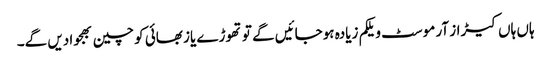
ہاں ہاں کیڑاز آر موسٹ ویلکم زیادہ ہوجائیں گے تو تھوڑے یاز بھائی کو چین بھجوا دیں گے۔